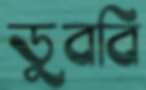
ডুববি